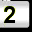
Digit: 2